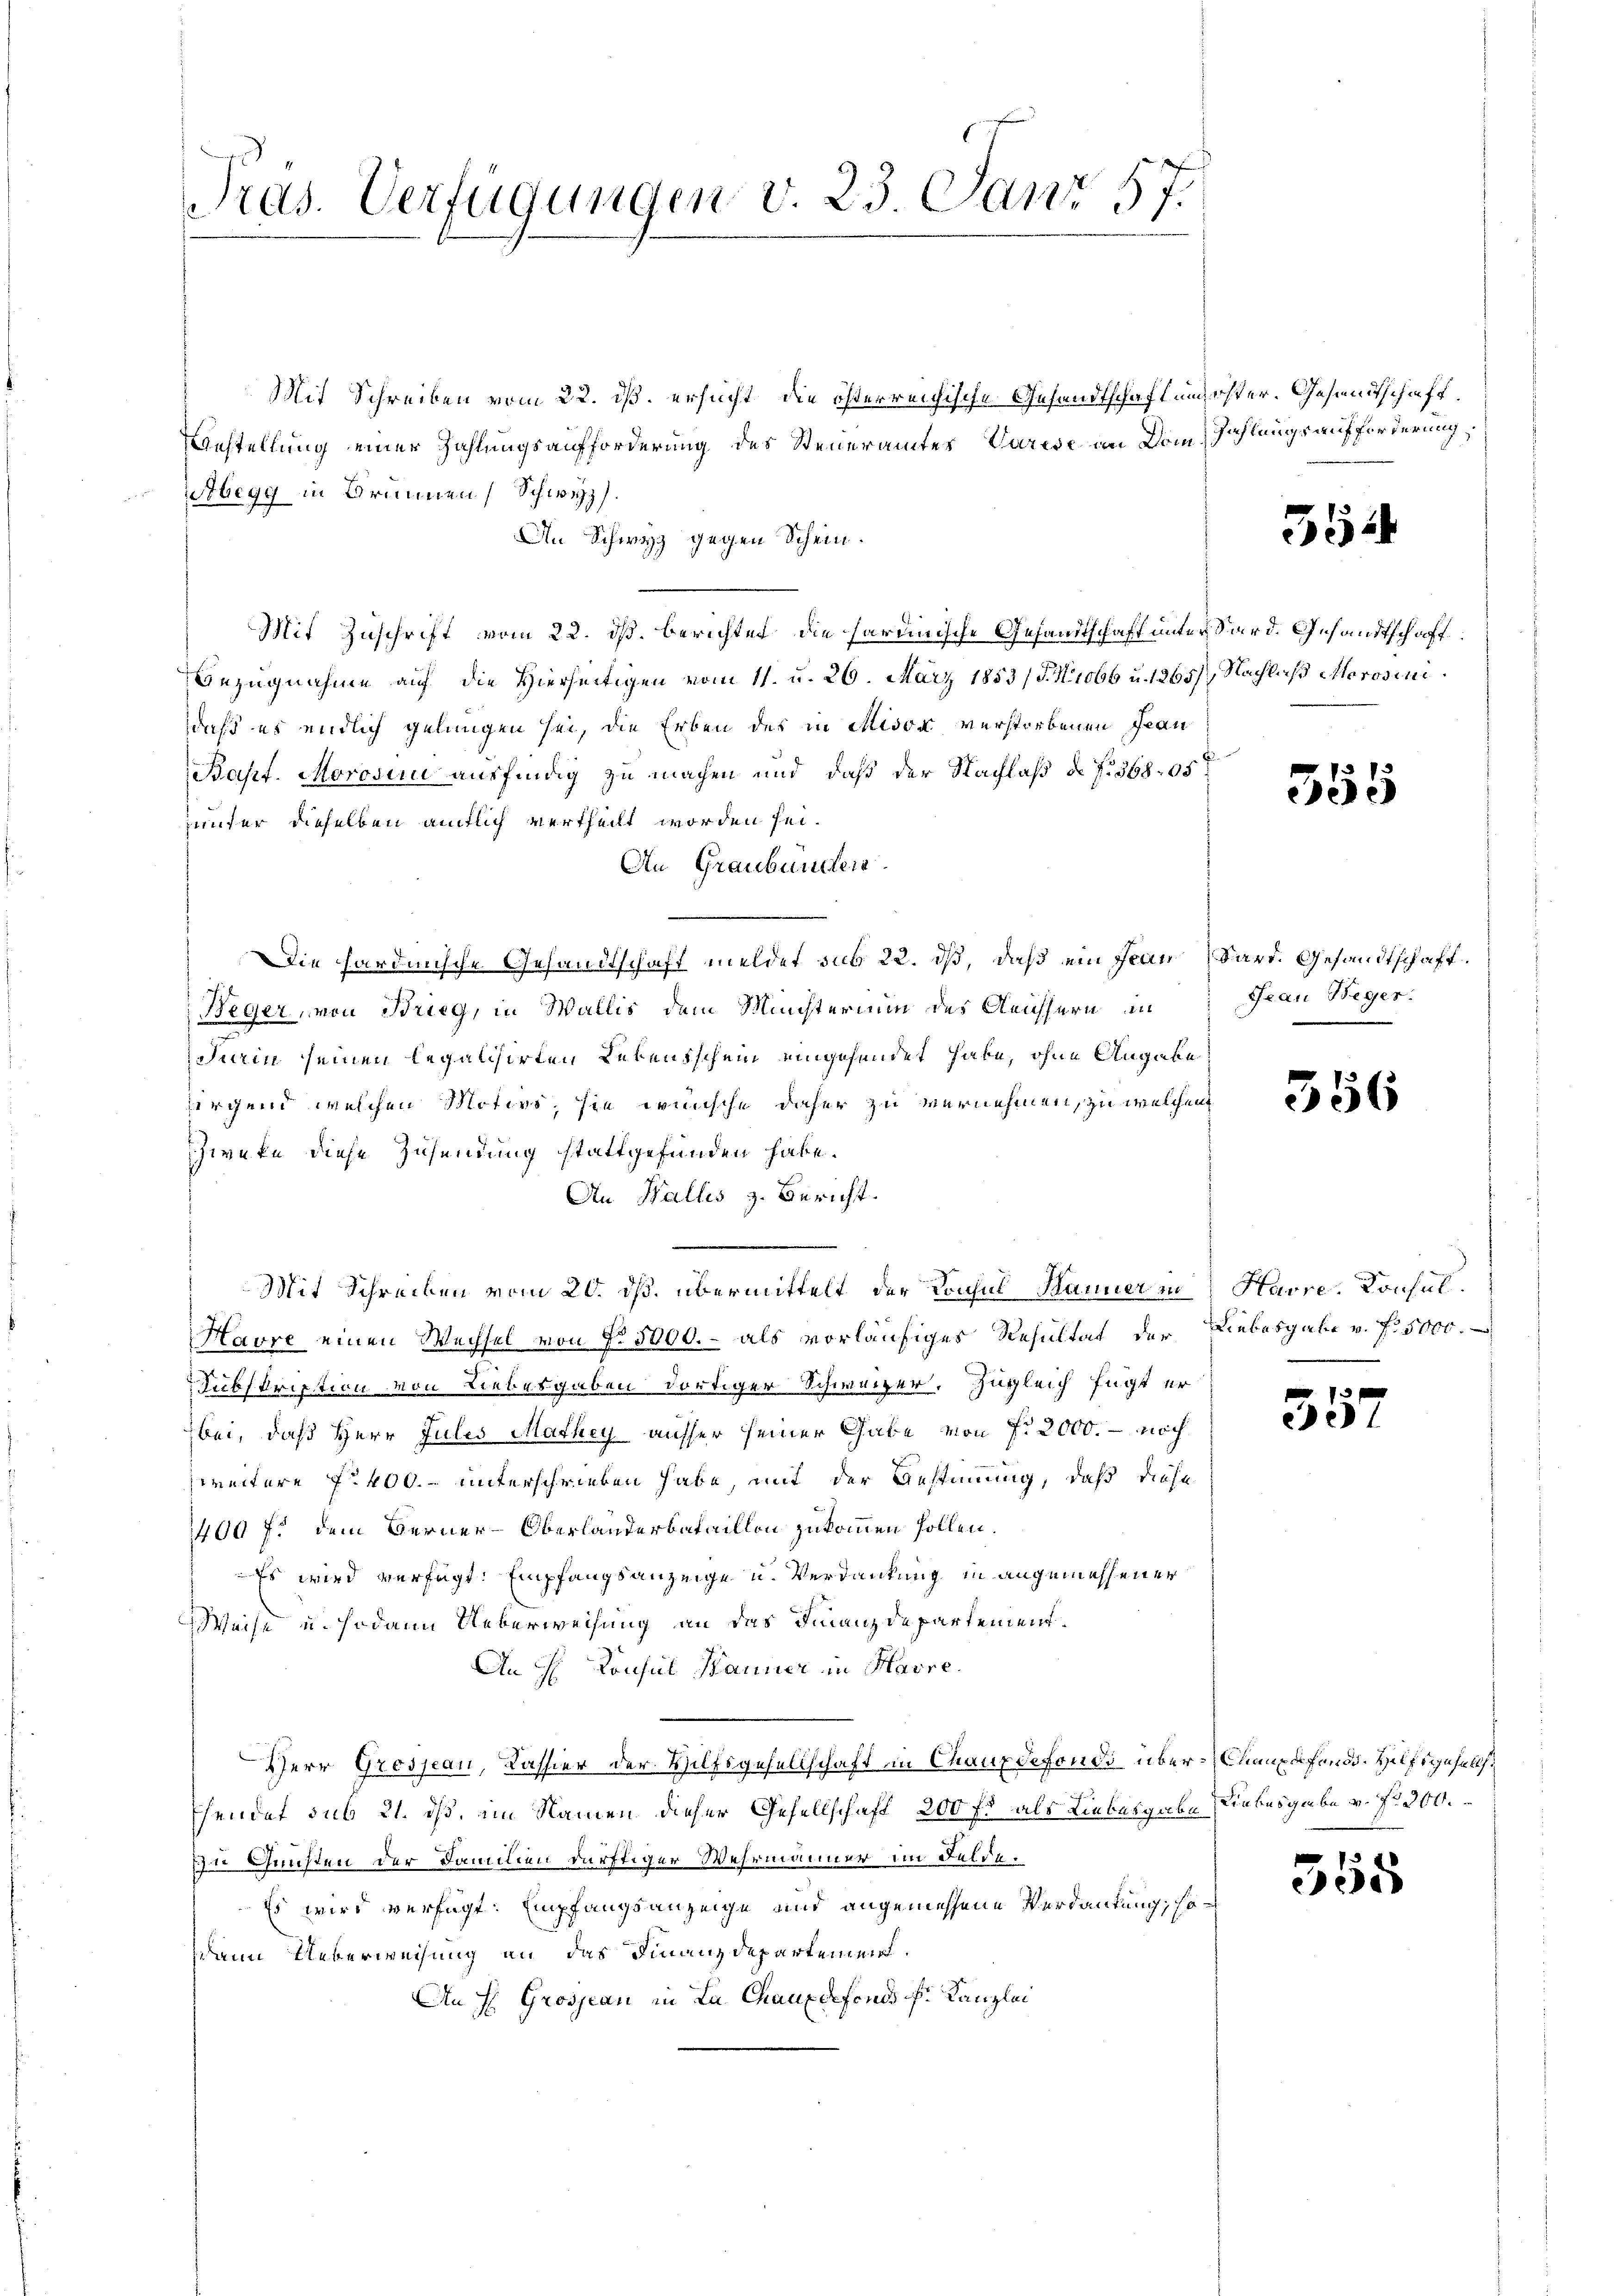
Pras. Verfügungen v. 23. Janr 57.

Mit Schreiben vom 22. iß. ersucht, die österreichische Gesandtschaft undester. Gesandtschaft.
Aestellung einer Zahlungsaufforderung des Steueramtes Parise am Dom Zahlungsaufforderung
Abegg in Brunnen Schweiz.
An Schwyz gegen Schein.
Mit Zuschrift vom 22. ds. berichtet, die hardinische Gesandtschaft unter Sard. Gesandtschaft:
Bezugnahme auf die Hierseitigen vom 11. u. 26. März 1853 / P. Nrobb u. 1265/ Nachlaß Morosini
daß es endlich gelungen sei, die Erben des in Misox verstorbenen Jean
Bapt. Moroser ausfindig zu machen und daß der Nachlaß d. f. 368. 95
uunter dieselben amtlich vertheilt worden sei.
An Graubünden.
Die hardunsche Gesandtschaft meldet sub 22. dß, daß ein Frau Pard. Gesandtschaft.
Beger, von Brieg, in Wallis dem Michterium des Gleichhern in
urin seinen legalisirten Lebensschein eingehendet habe, ohne Angabe
firgend welchen Motive, sie wünsche daher zu vernehmen, zu welchen
Zweke diese Zusendung stattgefunden habe.
An Wallis z. Bericht.
Mit Schreiben vom 20. ds. übermittelt der Konsul Hanner in Havre-Konsul¬
Havre einen Wechsel von No. 5000.- als vorläufiges Resultat der Liebesgabe v. fr. 5000.
Subskription von Liebesgaben dortiger Schweizer. Zugleich fügt er
bei, daß Herr Julis Mathey ausser seiner Gabe von fr 2000. - noch
zweitere f. 400. unterschrieben habe, mit der Gestimmung, daß diese
1400 f: dem Berner-Oberlanderbataillon zukommen sollen.
Es wird verfügt: Empfangsanzeige u. Verdankung in angemessener
Weise u. sodann Ueberweisung an das Finanzdepartement¬
An H. Konsul Banner in Havre.
Herr Grossau, Kassier der Hilfsgesellschaft in Chauxdefonds über-Canpafonds. Helfsgesellst
hendet sub 21. ds, im Namen dieser Gesellschaft 200 fl als Liebesgabe Liebesgabe v. No 300.
u Gunsten der Familien dürftiger Wehrmänner im Felde.
Es wird verfügt: Empfangsanzeige und angemessene Verdankung, so¬
Wenn Ueberweisung an das Finanzdepartement.
An H. Grosseau in La Chauxdefonds k. Kanzlei

352

355

Frau Beger.
m

356

73
ce

355